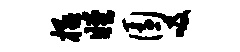
极瞠园吸